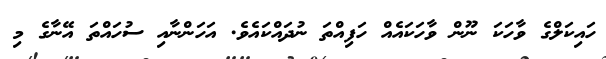
ހައިކަލްގެ ވާހަކަ ނޫން ވާހަކައެއް ހަފިއްތަ ނުދައްކައެވެ. އަހަންނާއި ސުހައްތަ އޭނާގެ މި